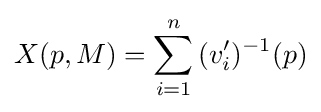
X(p,M)=\sum _{i=1}^{n}{(v_{i}')^{-1}(p)}